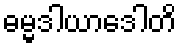
ဓမ္မဒါယာဒေါတိ